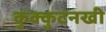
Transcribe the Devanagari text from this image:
कुक्कुटनखी